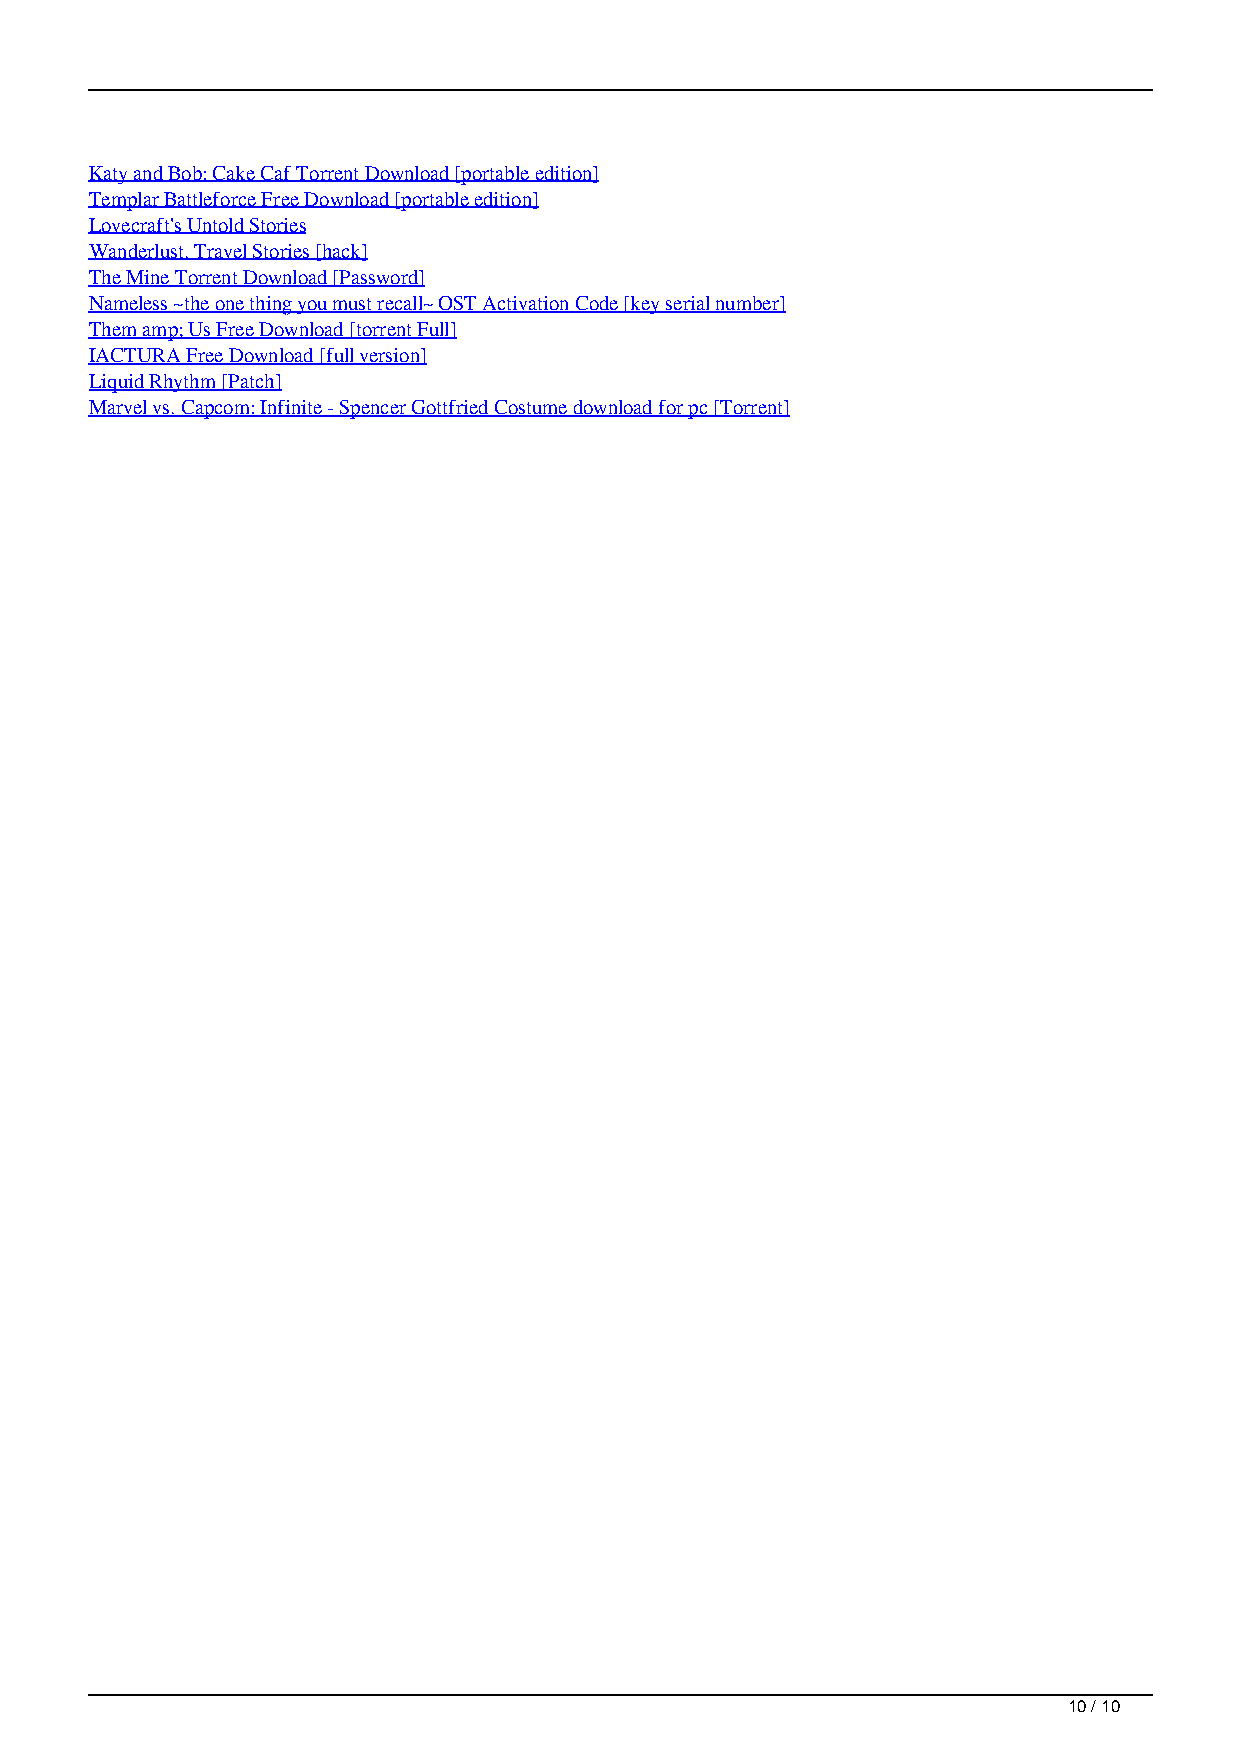
Katy and Bob: Cake Caf Torrent Download [portable edition]
 Templar Battleforce Free Download [portable edition]
 Lovecraft's Untold Stories
 Wanderlust. Travel Stories [hack]
 The Mine Torrent Download [Password]
 Nameless ~the one thing you must recall~ OST Activation Code [key serial number]
 Them amp; Us Free Download [torrent Full]
 IACTURA Free Download [full version]
 Liquid Rhythm [Patch]
 Marvel vs. Capcom: Infinite - Spencer Gottfried Costume download for pc [Torrent]
 10 / 10
 DungeonParty Ativador Download Crack Serial Key